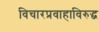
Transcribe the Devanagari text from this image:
विचारप्रवाहाविरुद्ध